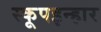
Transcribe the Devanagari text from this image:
स्कूपइन्हार